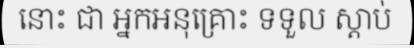
នោះ ជា អ្នកអនុគ្រោះ ទទួល ស្តាប់